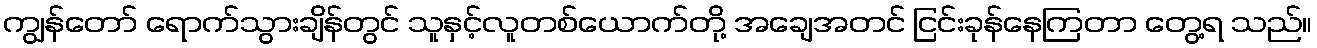
ကျွန်တော် ရောက်သွားချိန်တွင် သူနှင့်လူတစ်ယောက်တို့ အချေအတင် ငြင်းခုန်နေကြတာ တွေ့ရ သည်။